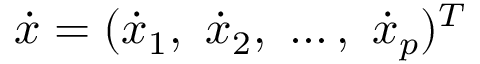
\dot { x } = ( \dot { x } _ { 1 } , \ \dot { x } _ { 2 } , \ \ldots , \ \dot { x } _ { p } ) ^ { T }